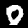
Digit: 0